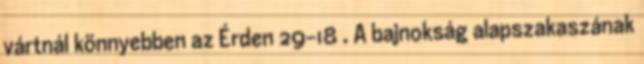
vártnál könnyebben az Érden 29–18 . A bajnokság alapszakaszának